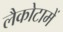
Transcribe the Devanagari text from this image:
लैकोटामें